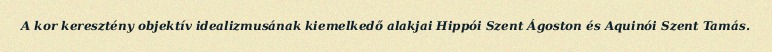
A kor keresztény objektív idealizmusának kiemelkedő alakjai Hippói Szent Ágoston és Aquinói Szent Tamás.